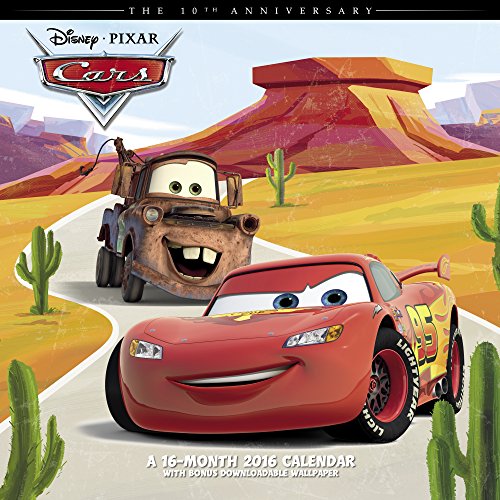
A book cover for Disney Pixar Cars Wall Calendar (2016); Day Dream; Calendars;